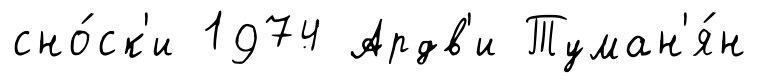
сно́ск'и 1974 Ардв'и Туман'я́н